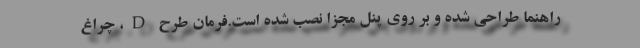
راهنما طراحی شده و بر روی پنل مجزا نصب شده است.فرمان طرح D، چراغ